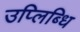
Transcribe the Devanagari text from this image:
उप्लिब्धि